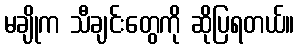
မချိုက သီချင်းတွေကို ဆိုပြရတယ်။